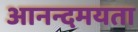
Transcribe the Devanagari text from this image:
आनन्दमयता